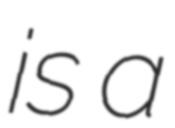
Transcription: is a